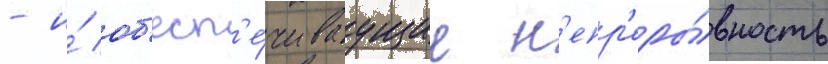
- и́ об'есп'е́чиваущие н'епр'еры́вность